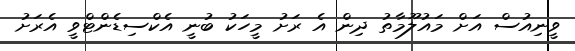
ވީނިއުސް އަށް މައުލޫމާތު ދިން އެ ރަށު މީހަކު ބުނީ އެކްސިޑެންޓްވީ އެރަށު